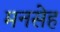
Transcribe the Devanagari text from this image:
मनसेह